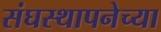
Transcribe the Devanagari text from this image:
संघस्थापनेच्या